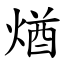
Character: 煪